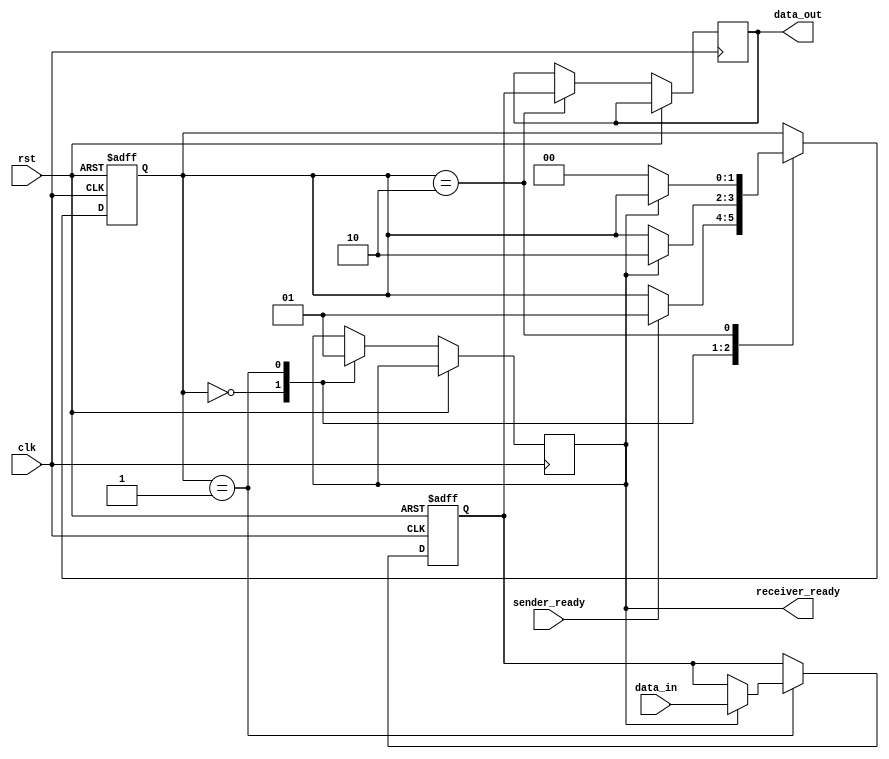
module synchronizer (
    input wire clk,
    input wire rst,
    input wire data_in,
    output reg data_out,
    input wire sender_ready,
    output reg receiver_ready
);

reg sync_data;
reg [1:0] state;

always @(posedge clk or posedge rst) begin
    if (rst) begin
        state <= 2'b00;
        sync_data <= 1'b0;
    end else begin
        case (state)
            2'b00: begin // Waiting for sender ready
                receiver_ready <= 1'b0;
                if (sender_ready) begin
                    state <= 2'b01;
                end
            end
            2'b01: begin // Waiting for receiver ready
                receiver_ready <= 1'b1;
                if (receiver_ready) begin
                    state <= 2'b10;
                    sync_data <= data_in;
                end
            end
            2'b10: begin // Data transfer
                data_out <= sync_data;
                if (!receiver_ready) begin
                    state <= 2'b00;
                end
            end
        endcase
    end
end

endmodule